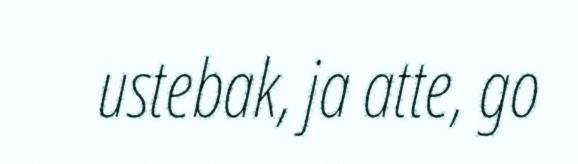
ustebak, ja atte, go